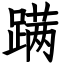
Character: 蹒